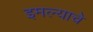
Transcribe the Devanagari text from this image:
इमल्याचे